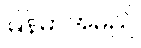
မြန်မာအမည်